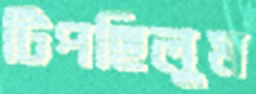
টিপছিলুম